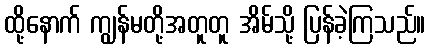
ထို့နောက် ကျွန်မတို့အတူတူ အိမ်သို့ ပြန်ခဲ့ကြသည်။